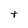
Character: t